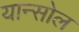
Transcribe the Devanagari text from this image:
यान्सोल